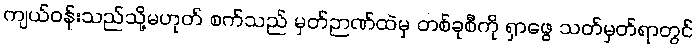
ကျယ်ဝန်းသည်သို့မဟုတ် စက်သည် မှတ်ဉာဏ်ထဲမှ တစ်ခုစီကို ရှာဖွေ သတ်မှတ်ရာတွင်